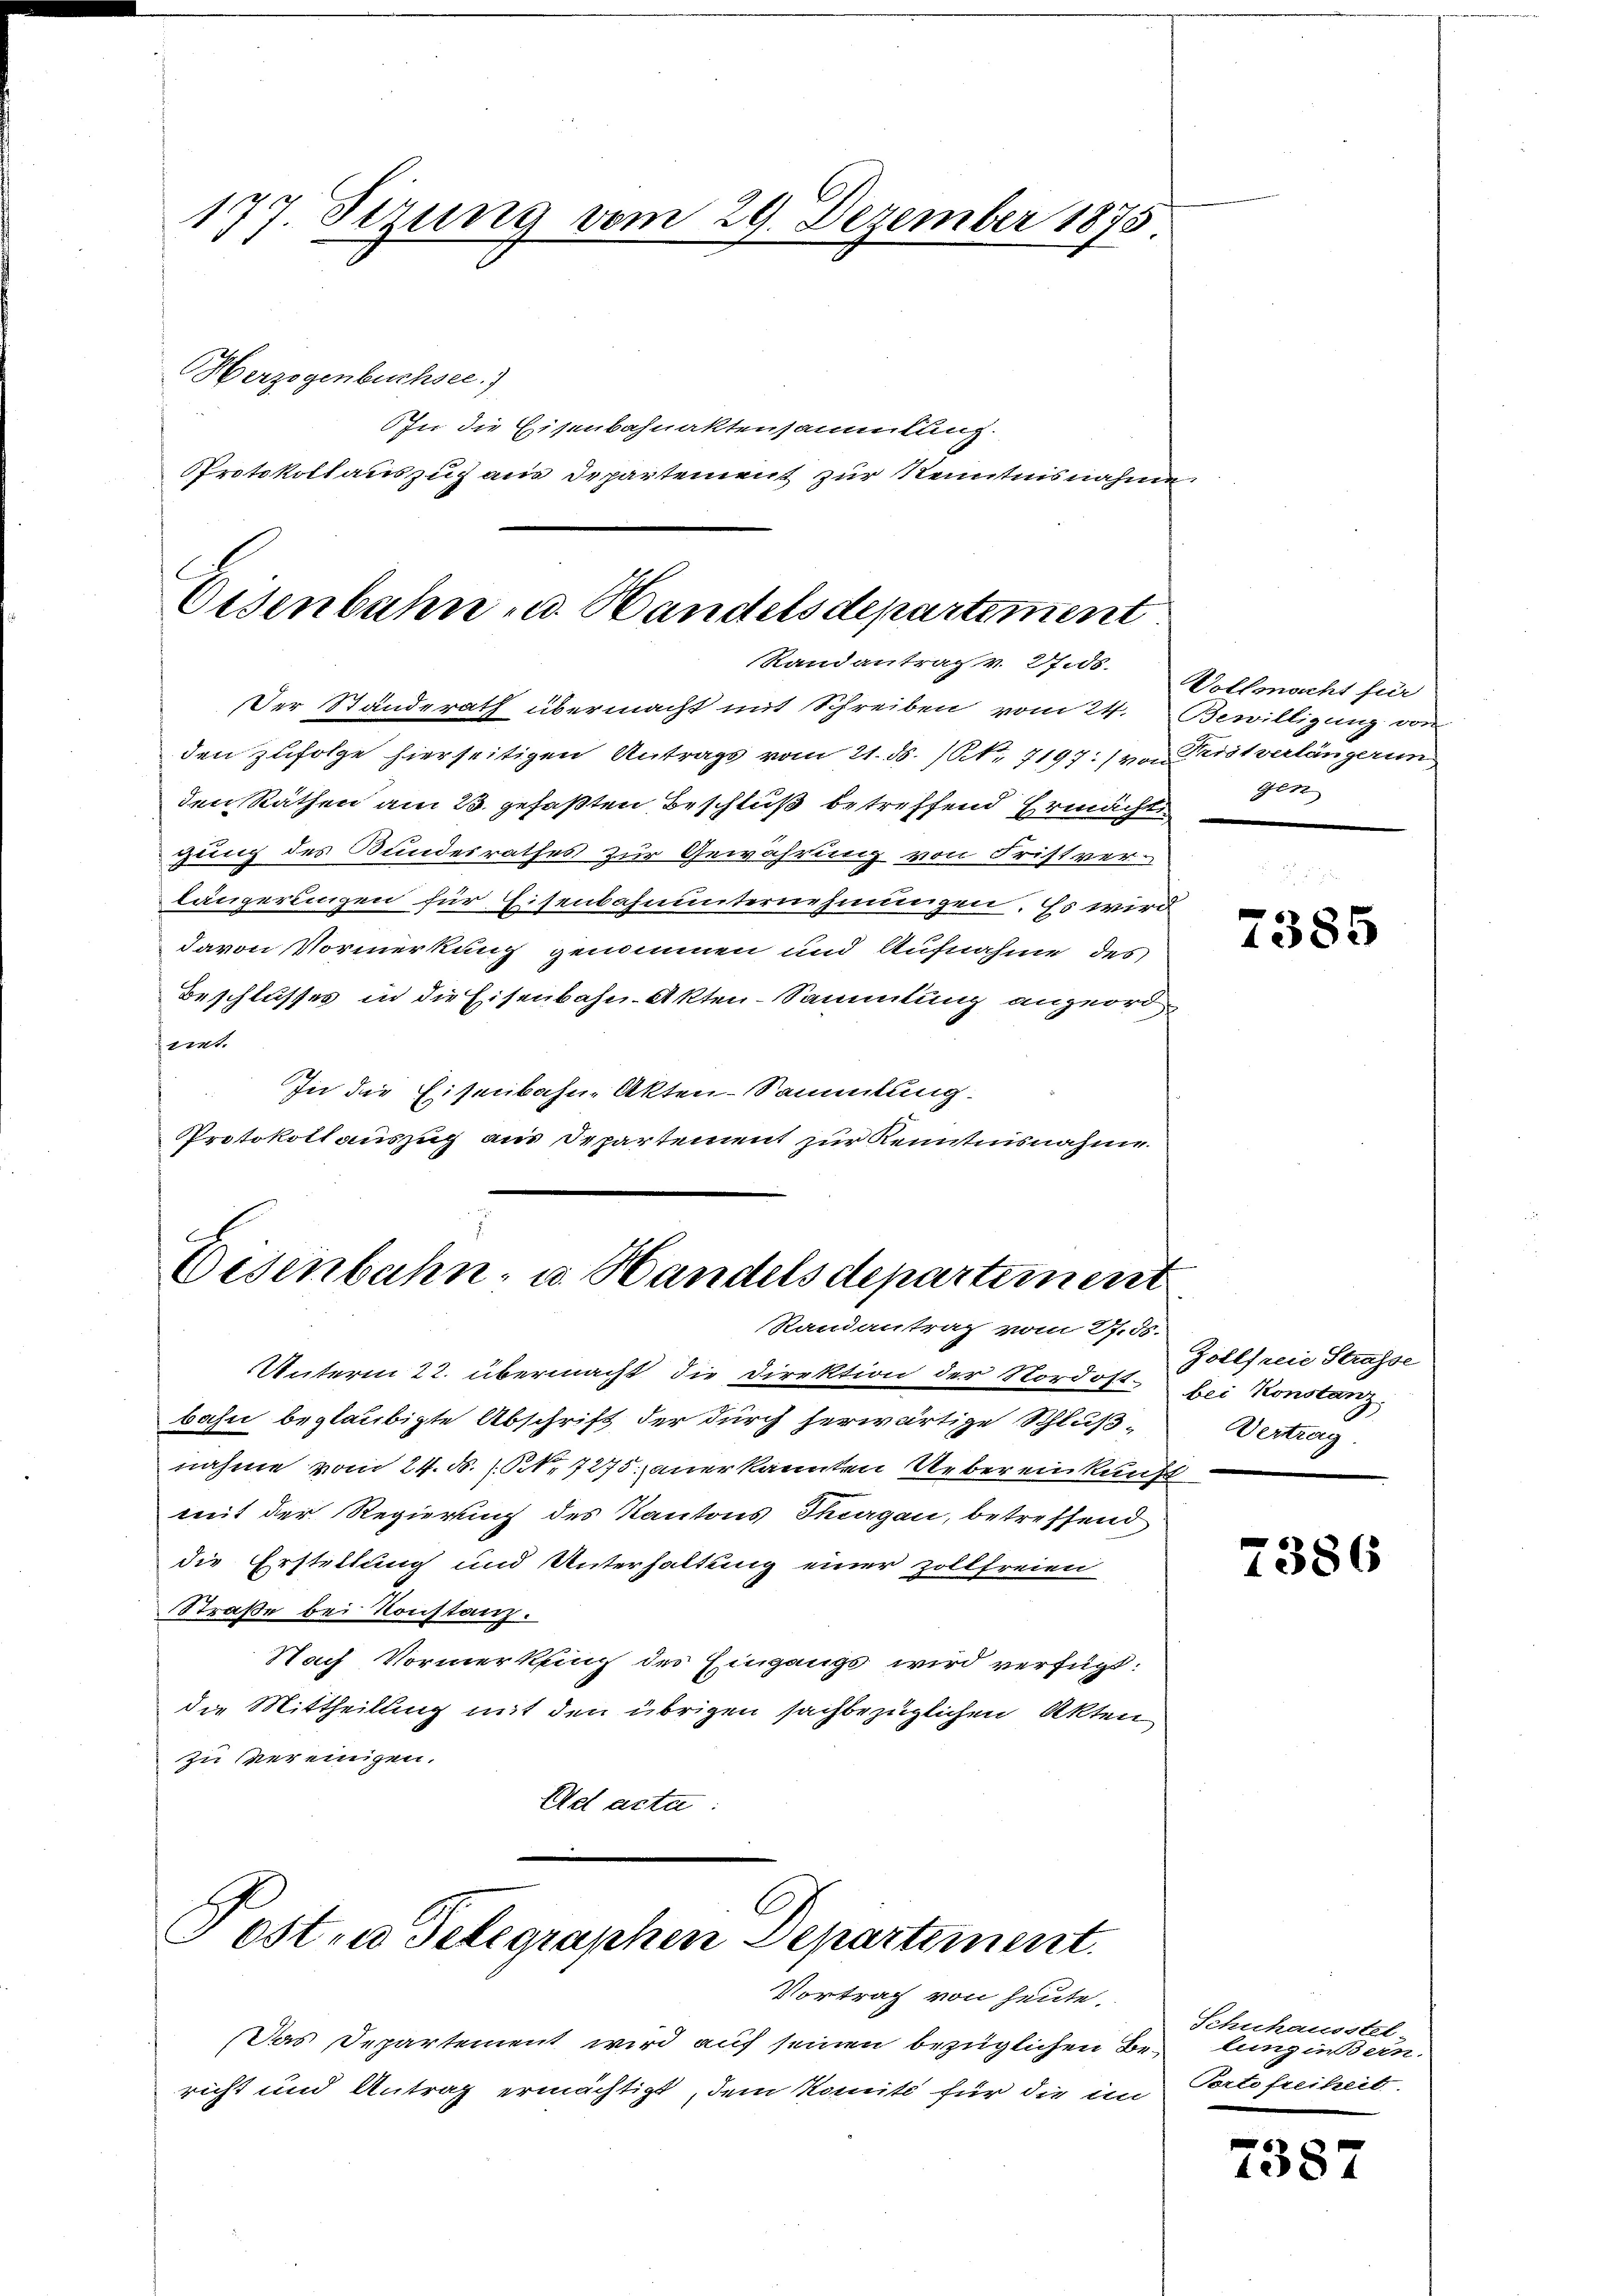
177. Sezung vom 29. Dezember 1875
Herzogenbuchsee. 7

In die Eisenbahnaktensammlung.
Protokollauszug aus Departement zur Kenntnisnahme

Eisenbahn u. Handelsdepartiment
Randantrag v. 27.ds.

Der Ständerath übermacht mit Schreiben vom 24. Bewilligung von
den zufolge hierseitigen Antrags vom 21. ds. (Nr. 7197:/ von Pristverlängerun
den Räthen am 23. gefaßten Beschluß betreffend Ermächt
gung des Bundesrathes zur Gewährung von Fristver-
längerungen für Eisenbahnunternehmungen. Es wird
davon Vormerkung genommen und Aufnahme des
Beschlusses in die Eisenbahn-Akten-Sammlung anzuordemt
In die Eisenbahn-Akten-Sammlung
Protokollauszug aus Departement zur Kenntnisnahme

Eisenbahn- u. Handels departement
Randantrag vom R.ds.

Unterm 22. übermacht, die Direktion der Nordost-
bahn beglaubigte Abschrift der durch herwärtige Schluß-
nahme vom 24. M. (N. 7275; anerkannten Uebereinkunft
mit der Regierung des Kantons Thurgau, betreffend
die Erstellung und Unterhaltung einer Zollfreien
Straße bei Konstanz.
Nach Vormerkung des Eingangs wird verfügt:
die Mittheilung mit den übrigen sachbezüglichen Akten
zu vereinigen.
Ad acta:

Post in Telegraphen Departement.

Das Departement wird auf seinen bezüglichen Bericht und Antrag ermächtigt, dem Komité für die i

Vortrag von heute.

Vollmacht für
gen

7385

Zollfreie Strasse
bei Konstanz,
Vertrag

2386

Schuhausstel-
lung insern.
Portofreiheit

7387